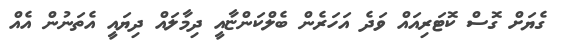
ގެޔަށް ގޮސް ކޮޓަރިއައް ވަދެ އަހަރެން ބެލްކަންޏާއީ ދިމާލައް ދިޔައީ އެތަނުން އެއް